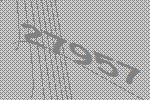
27957